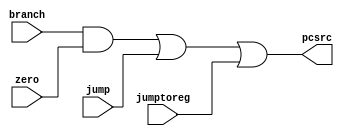
module pipeline_mem(input  branch,
                    input  jump,
                    input  jumptoreg,
                    input  zero,
                    output pcsrc);

   assign pcsrc = (branch & zero) | jump | jumptoreg;

   // TODO: Wire it to memory... somehow...

endmodule